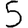
Digit: 5